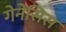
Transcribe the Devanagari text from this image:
गेनेसिस